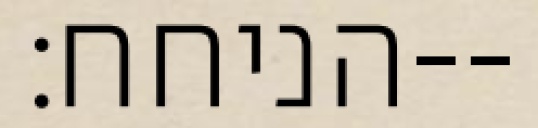
הניחח׃--